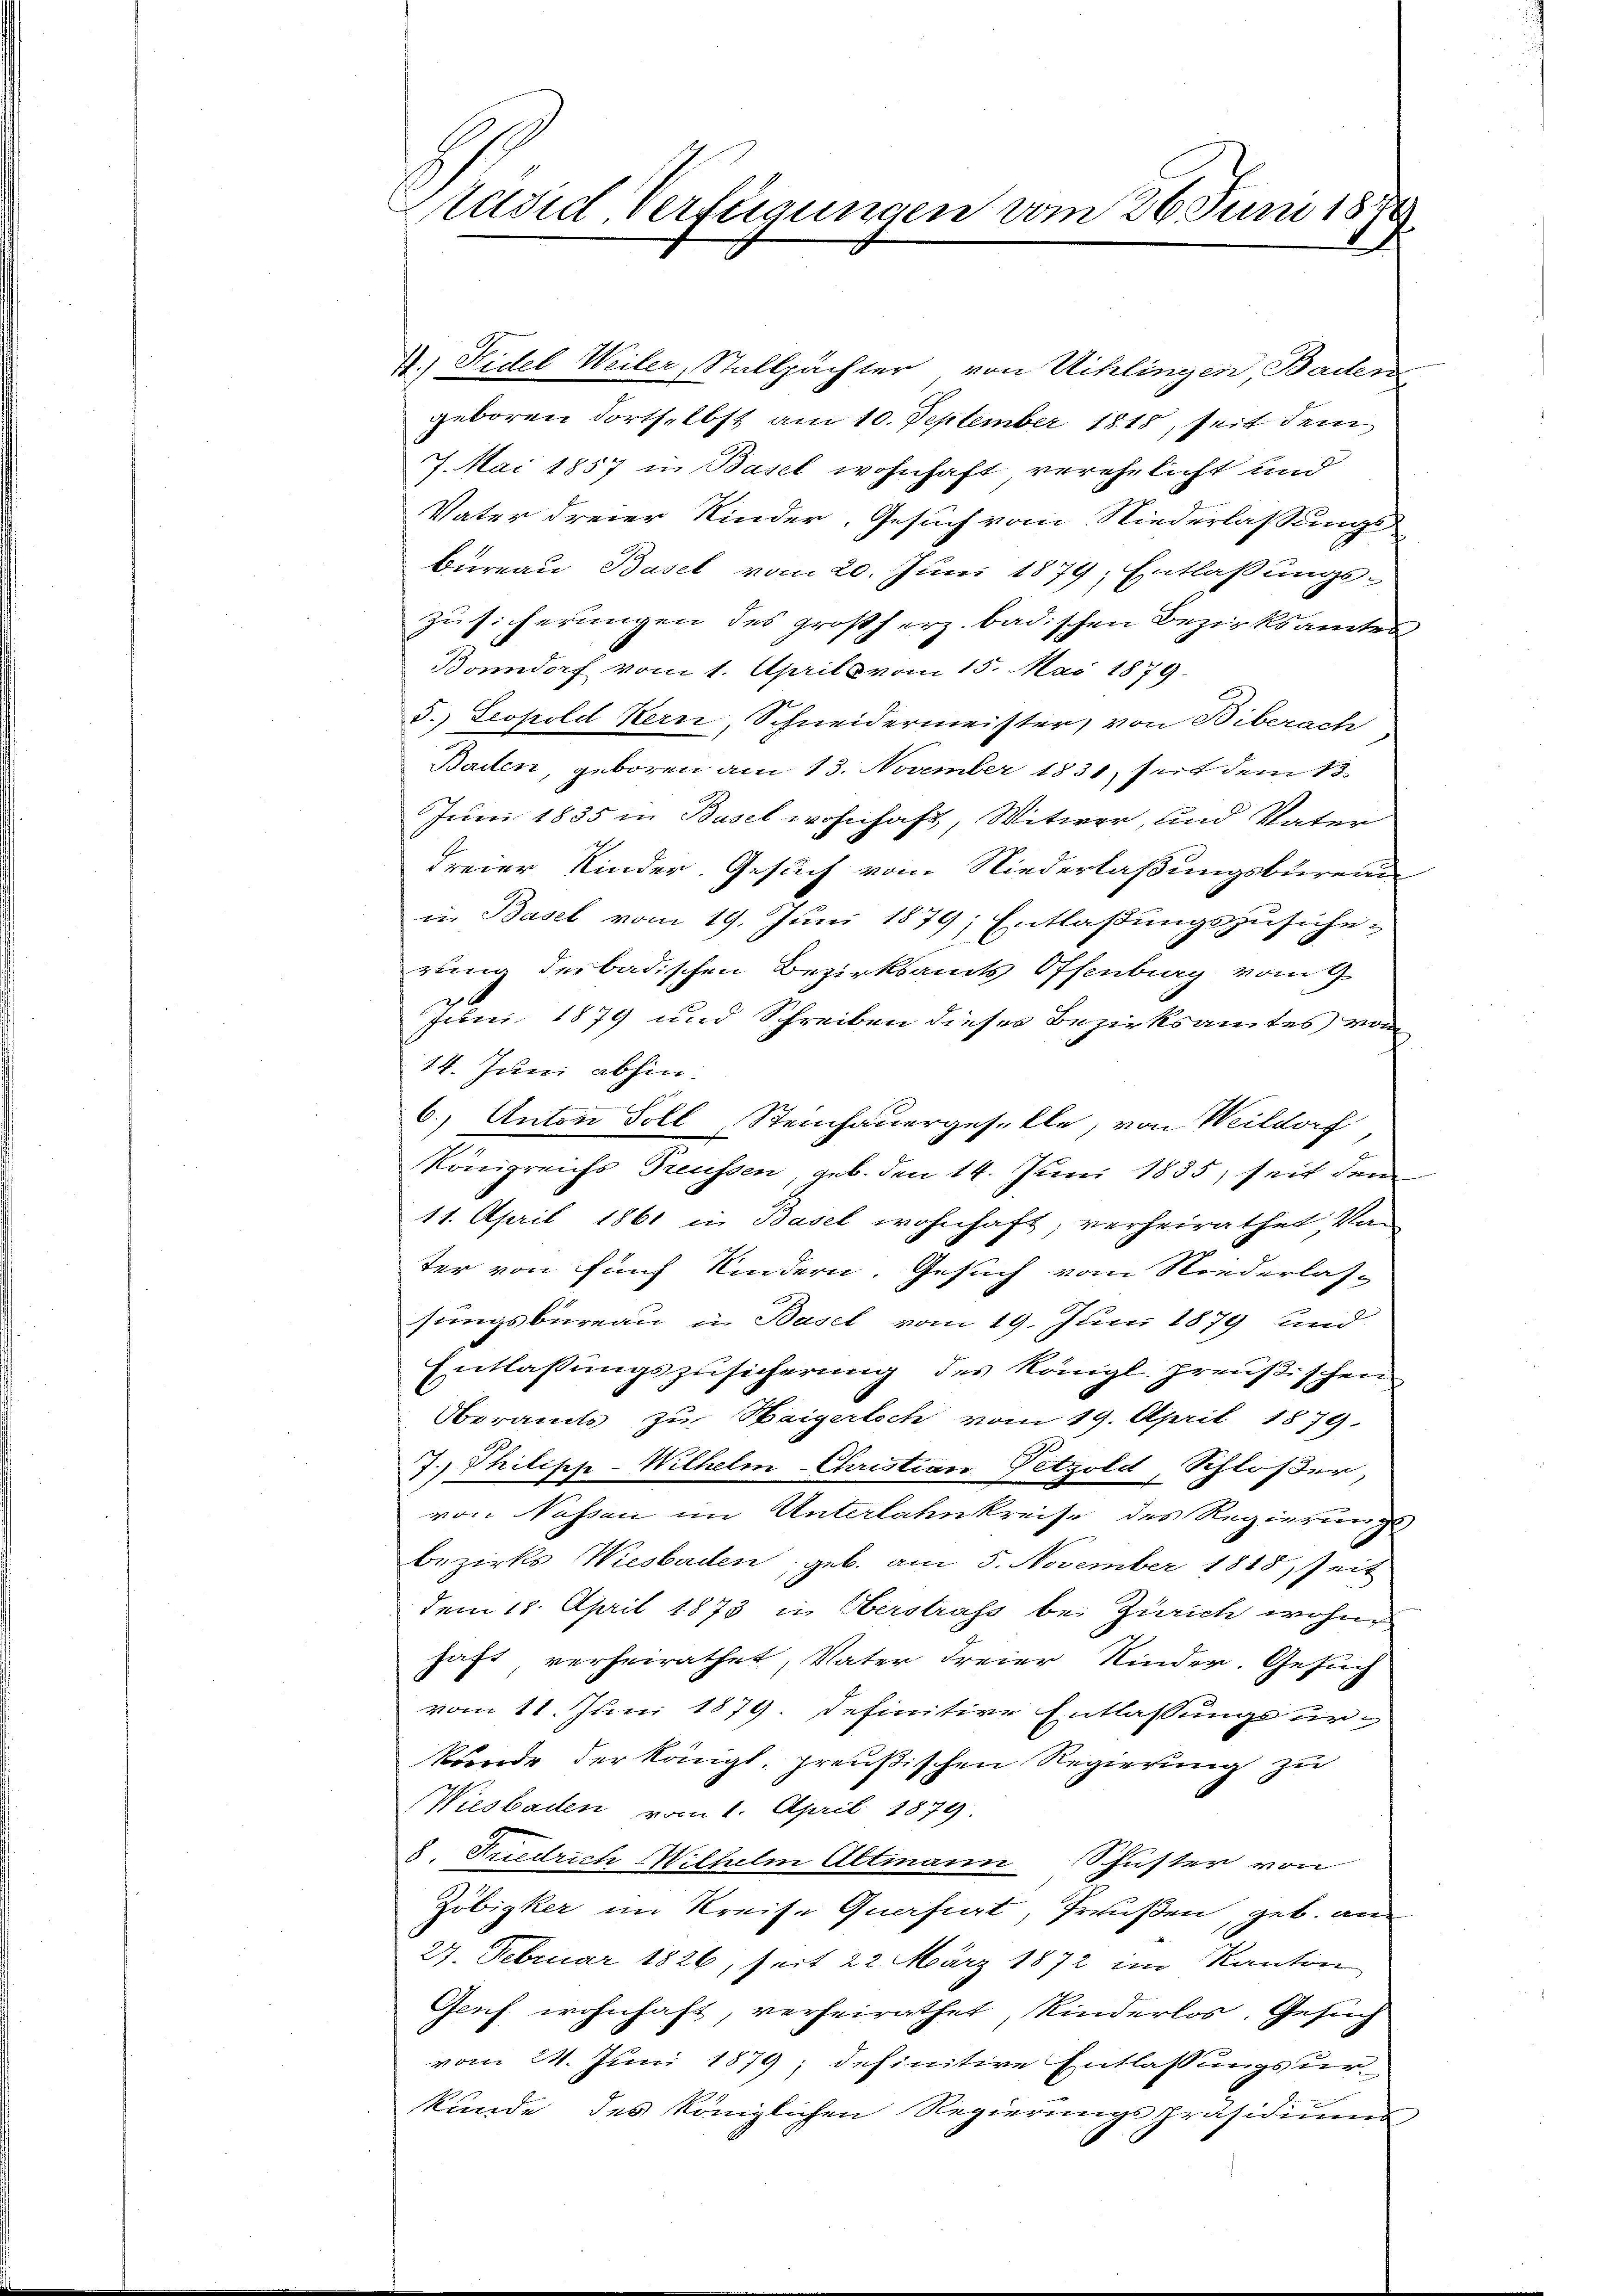
avid Verfügungen vom 26. Juni 1879.

4.) Fidel Weiler, Stallpächter, von Schlingen Baden
geboren dortselbst am 10. September 1815, seit dem
7. Mai 1857 in Basel wohnhaft verehelicht und
Vater dreier Kinder, Gesuch vom Niederlassungs-
Bureau Basel vom 20. Juni 1879; Entlaßungs-
Zusicherungen des großherz badischen Bezirksamtes
Bonndorf vom 1. Aprill vom 15. Mai 1879.
5. Leopold Kern, Schneidermeister, von Biberach
Barten, geboren am 13. November 1831, seit dem 13
Juni 1835 in Basel wohnhaft, Witwer, und Vater
Freier Kinder. Gesuch vom Niederlaßungsburen
in Basel vom 19. Juni 1879; Entlaßungszusicherung des badischen Bezirksamts Offenburg vom 9
Juni 1879 und Schreiben dieses Bezirksamtes vom
14. Juni abhin.
6.) Anton Soll Steinhauergeselle, von Weildorf
Königreichs Treussen geb. den 14. Juni 1835, seit dem
11. April 1861 in Basel wohnhaft, verheirathet Van
ter von fünf Kindern. Gesuch vom Niederlassungsbureau in Basel vom 19. Juni 1879 und
Entlassungszusicherung des Königl. preußischen
Oberamts zu Weigerlich vom 19. April 1879.
7.) Philipp-Wilhelm Christian Petzold, Schloßer
von Nossen im Unterlahnkreise des Regierungs
bezirks Wiesbaden, geb. am 5. November 1818. Zeit
dem 18. April 1873 in Oberstrafs bei Zürich wohne
haft verheirathet, Vater Freier Kinder. Gesuch
vom 11. Juni 1879. definitive Entlassungsurkunde der Königl. preußischen Regierung zu
Wiesbaden vom 1. April 1879
8. Friedrich Wilhelm Altmann Schuster von
Zöbigker im Kreise Quartigt, Preußen, geb. an
27. Februar 1826, seit 22. März 1872 im Kanton
Genf wohnhaft, verheirathet, Kinderlos. Gesuch
vom 24. Juni 1879; definitive Entlassungsurkunde des königlichen Regierungspräsidiums